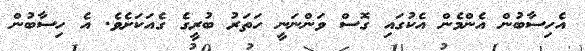
އެހިސާބުން އެންމެން އެކުގައި ގޮސް ވަންނަނީ ހަތަރު ބުރީގެ ގެއަކަށެވެ. އެ ހިސާބުން